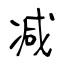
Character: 减